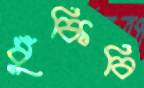
ধুঁকিবি